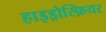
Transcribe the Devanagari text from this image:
हाइड्रोस्फ़ियर